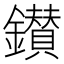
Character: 鑚